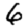
Digit: 6